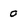
Character: 0